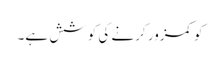
کو کمزور کرنے کی کوشش ہے۔